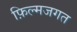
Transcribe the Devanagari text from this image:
फ़िल्मजगत